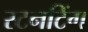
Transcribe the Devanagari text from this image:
स्टनटिंग